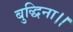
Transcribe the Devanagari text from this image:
बुद्धिना।।